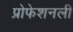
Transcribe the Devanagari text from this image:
प्रोफेशनली